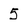
Character: 5